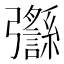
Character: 𢑈